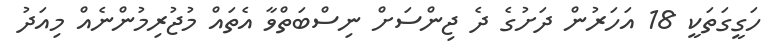
ހަގީގަތަކީ 18 އަހަރުން ދަށުގެ ދެ ޖިންސަށް ނިސްބަތްވާ އެތައް މުޖުރިމުންނެއް މިއަދު